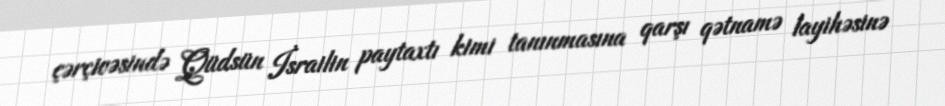
çərçivəsində Qüdsün İsrailin paytaxtı kimi tanınmasına qarşı qətnamə layihəsinə